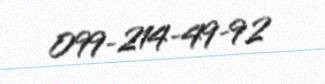
099-214-49-92